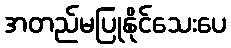
အတည်မပြုနိုင်သေးပေ